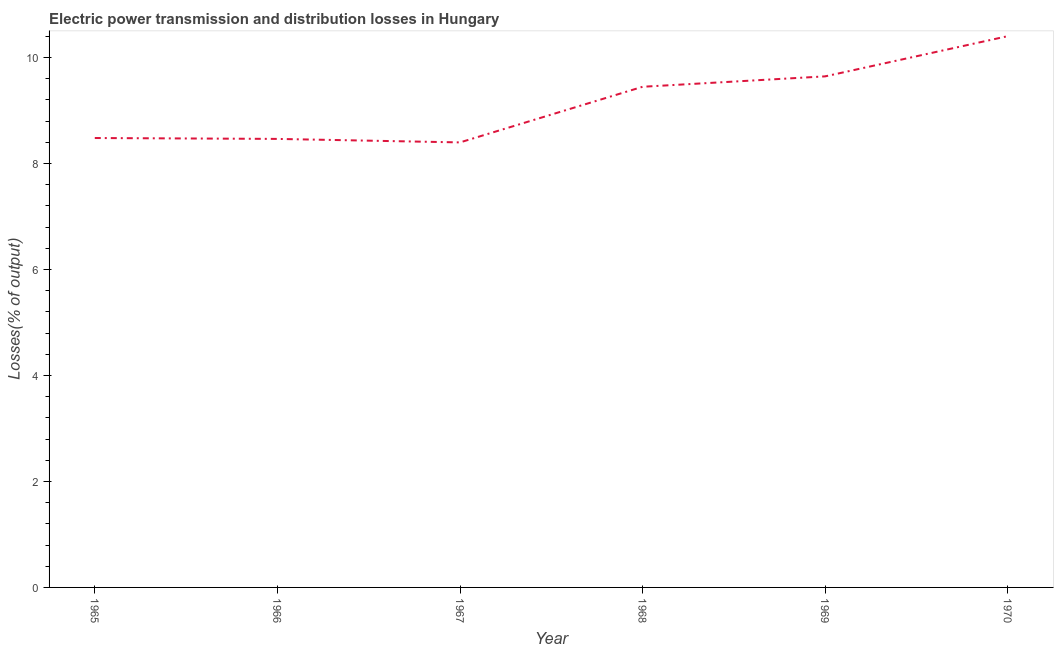
| Year | Electric power transmission and distribution losses |
 | --- | --- |
 | 1965 | 8.48 |
 | 1966 | 8.46 |
 | 1967 | 8.4 |
 | 1968 | 9.45 |
 | 1969 | 9.65 |
 | 1970 | 10.4 |